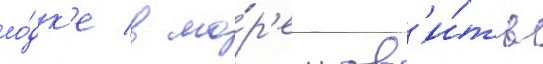
ло́дк'е в мо́р'е лов'и́ть